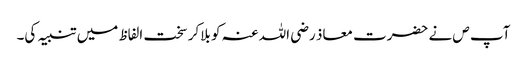
آپ ص نے حضرت معاذ رضی اللہ عنہ کو بلاکر سخت الفاظ میں تنبیہ کی۔